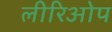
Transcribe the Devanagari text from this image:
लीरिओप